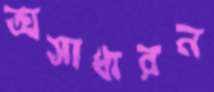
অসাধারন